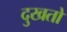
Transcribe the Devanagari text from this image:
दुखतो